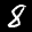
Label: 8